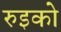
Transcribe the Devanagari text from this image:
रुइको